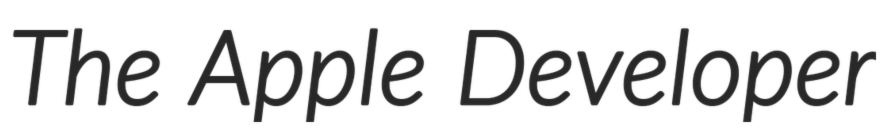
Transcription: The Apple Developer